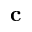
\mathbf { c }